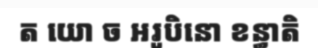
ត យោ ច អរូបិនោ ខន្ធាតិ